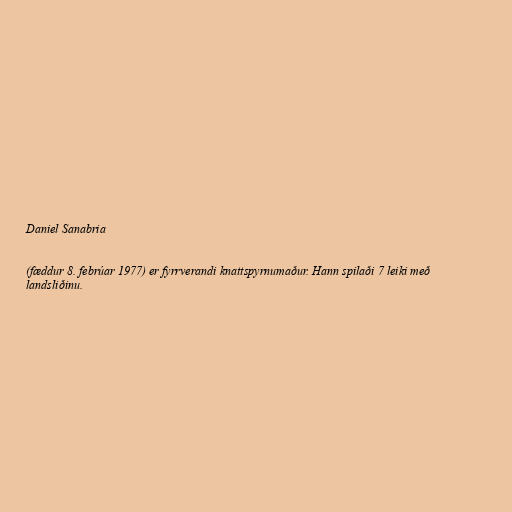
Daniel Sanabria

(fæddur 8. febrúar 1977) er fyrrverandi knattspyrnumaður. Hann spilaði 7 leiki með
landsliðinu.